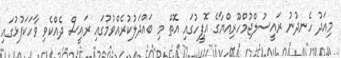
މިއަދު ހެނދުނު ރައީސުލްޖުމްހޫރިއްޔާގެ އޮފީހުގައި އޮތް މި ބައްދަލުކުރެއްވުމުގައި ރައީސް ދެއްކެވި ވާހަކަފުޅުގައި